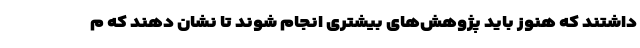
داشتند که هنوز باید پژوهش‌های بیشتری انجام شوند تا نشان دهند که م